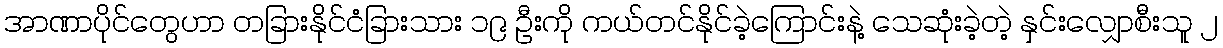
အာဏာပိုင်တွေဟာ တခြားနိုင်ငံခြားသား ၁၉ ဦးကို ကယ်တင်နိုင်ခဲ့ကြောင်းနဲ့ သေဆုံးခဲ့တဲ့ နှင်းလျှောစီးသူ ၂